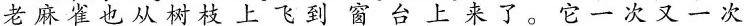
老麻雀也从树枝上飞到窗台上来了。它一次又一次